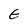
Character: E